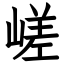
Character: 嵯